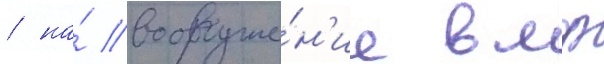
/ на́ вооруже́н'ие вмф